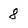
Character: 8